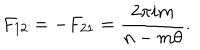
LaTeX: F _ { 1 2 } = - F _ { 2 1 } = \frac { 2 \pi i m } { n - m \theta } .